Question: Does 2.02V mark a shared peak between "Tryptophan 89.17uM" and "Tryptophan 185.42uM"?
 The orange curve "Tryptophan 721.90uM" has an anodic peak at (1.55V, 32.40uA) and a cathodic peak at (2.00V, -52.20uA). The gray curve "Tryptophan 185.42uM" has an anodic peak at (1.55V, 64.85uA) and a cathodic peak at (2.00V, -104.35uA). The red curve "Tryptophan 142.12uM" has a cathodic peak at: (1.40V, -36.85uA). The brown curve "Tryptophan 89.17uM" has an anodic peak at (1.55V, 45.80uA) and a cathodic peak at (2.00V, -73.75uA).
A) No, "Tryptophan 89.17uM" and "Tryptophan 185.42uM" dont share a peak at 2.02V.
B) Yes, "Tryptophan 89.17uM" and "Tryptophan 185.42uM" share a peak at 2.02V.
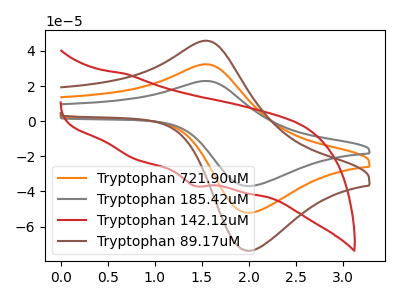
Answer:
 <answer>B) Yes, "Tryptophan 89.17uM" and "Tryptophan 185.42uM" share a peak at 2.02V.</answer>
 <eval>B</eval>